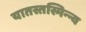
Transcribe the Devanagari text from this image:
यातस्तस्मिन्न्व